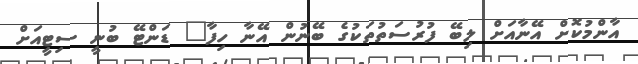
އާންމުކޮށް އޭނާއަށް ލިބޭ ފުރުސަތުތަކުގެ ބޭނުން އޭނާ ހިފާ" ޑަންޓޭ ބުނީ ސިޓީއަށް